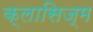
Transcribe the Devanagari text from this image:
क्लासिज्म